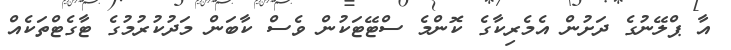
އާ ޕްލޭނުގެ ދަށުން އެމެރިކާގެ ކޮންމެ ސްޓޭޓަކުން ވެސް ކާބަން މަދުކުރުމުގެ ޓާގެޓްތަކެއް